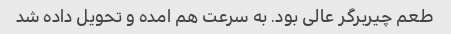
طعم چیربرگر عالی بود. به سرعت هم امده و تحویل داده شد